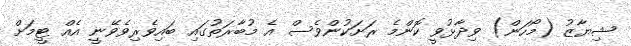
ޝިޔާޒު (މޯހަން) ވިދާޅުވީ ކޮންމެ ރަށަކުންވެސް އެ މުބާރަތުގައި ބައިވެރިވެވޭނީ އެއް ޓީމަށް